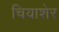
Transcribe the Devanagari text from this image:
चियाशेर